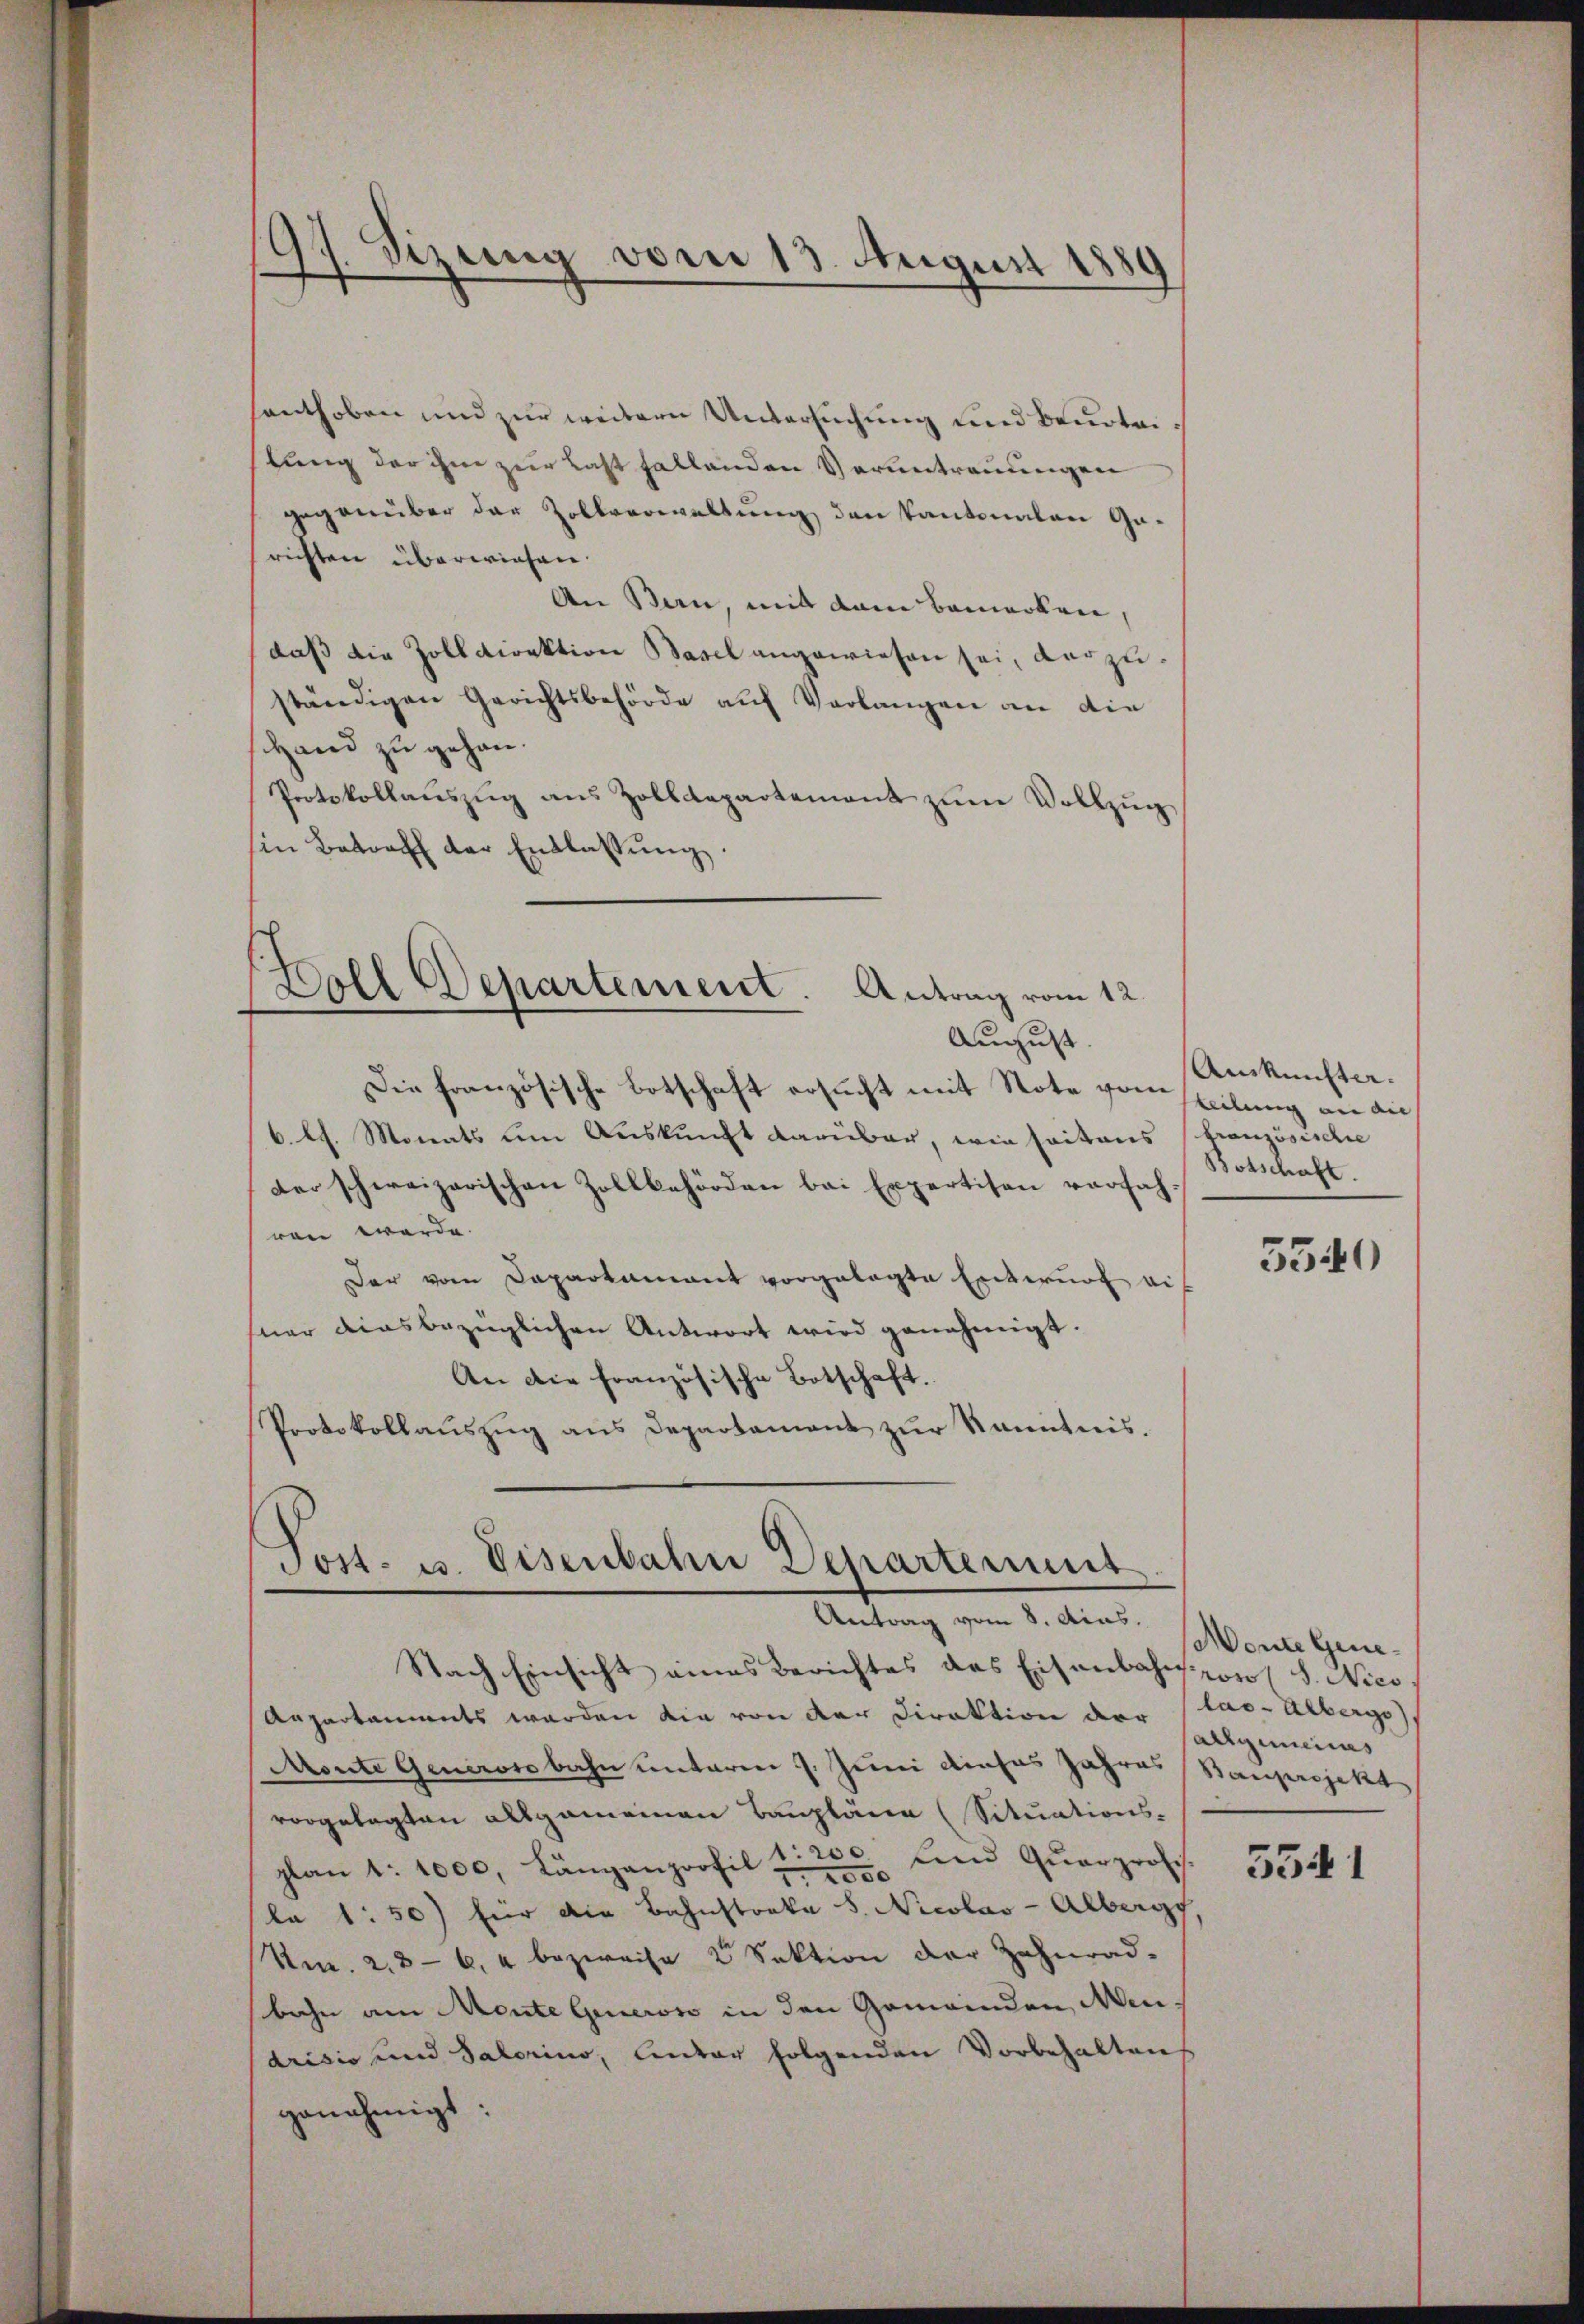
9
Stzung vom 13. August 1889

santhoben und zur weitern Untersuchung und Beurteilung der ihm zur Last fallenden Verantrauungen
gegenüber der Zollverwaltung den kantonalen Garichten überwiesen.
An Bern, mit dem Bemerken,
daß die Zolldirektion Basel angewiesen sei, darzuständigen Gerichtsbehörde auf Verlangen an die
hand zu gehen.
Protokollaŭszŭg ans Zolldepartement zŭm Vollzŭg
in Betreff der Entlassŭng

Doll Departement. Antrag vom 12.

August.
Die französische Botschaft ersucht mit Note von steilung an dies
6. l. Monats um Auskunft darüber, wie seitens französische
der schweizerischen Zollbehörden bei Expertisen vorfahren werde.
Der vom Dapartamant vorgelegte Entwurf wis
sner diesbezüglichen Antwort wird genehmigt.
An die französische Botschaft.
Protokollauszug aus Departament zur Kenntnis.
Nach Einsicht eines Berichtes des Eisenbahnspor (S. Nico
Aepartaments werden die von der Direktion der las- Albergo
Monte Generosobahn unterm 7. Juni dieses Jahres
vorgelegten allgemeinen Bauplänen (Situations-
plan 1. 1000, Längenprofil d. 200. und Qŭarprofes
la 1: 50) für die Bahnstraka S. Nicolas - Alberg
Nr. 2. 36, u bezweife 2 Sektion der Zahnrad-
bahn am Mente Generoso in den Gemeinden Mendrisis und Salorino, Antor folgenden Vorbehalten
genehmigt:

Tost- u. Eisenbahn Departement
Antrag vom 8. Aias.

Auskünfter.
Botschaft.

5540

onte Genearrgemeines
Sansjekt

5541